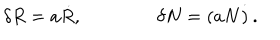
\delta R = a \dot { R } , \qquad \qquad \delta N = ( a N \dot { ) } \, .